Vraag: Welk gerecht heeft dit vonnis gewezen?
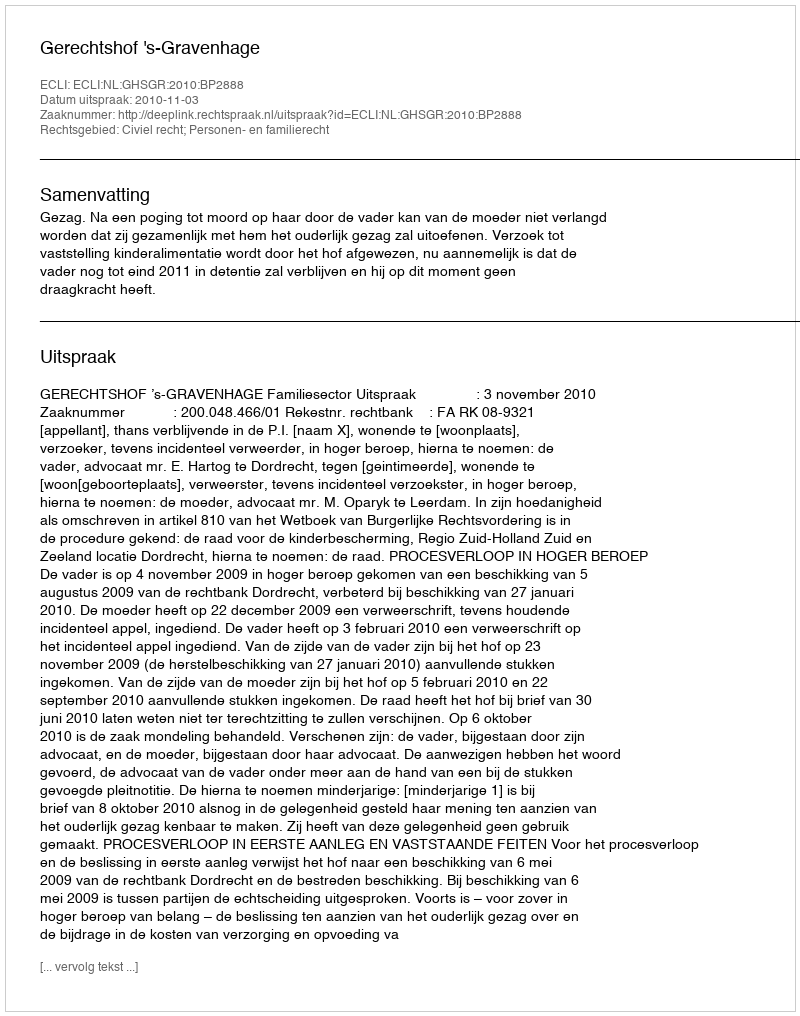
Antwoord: Gerechtshof 's-Gravenhage